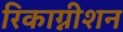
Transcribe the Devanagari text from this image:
रिकाग्नीशन